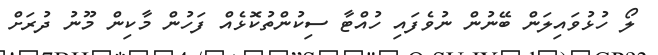
ލޯ ހުޅުވައިލަން ބޭނުން ނުވެފައި ހުއްޓާ ސިކުންތުކޮޅެއް ފަހުން މާކިން މޫނު ދުރަށް